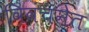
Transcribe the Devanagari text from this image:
विवंचनेत